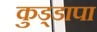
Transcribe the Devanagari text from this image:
कुड्डापा